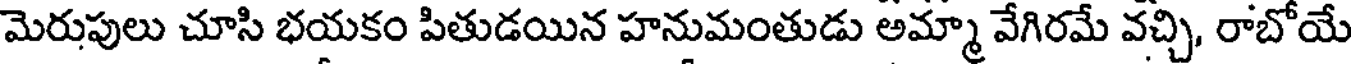
మెరుపులు చూసి భయకం పితుడయిన హనుమంతుడు అమ్మా వేగిరమే వచ్చి, రాబోయే